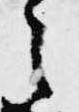
之